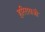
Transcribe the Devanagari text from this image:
हरिरायजी